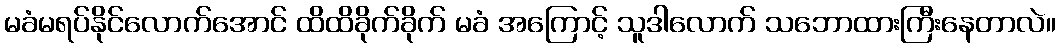
မခံမရပ်နိုင်လောက်အောင် ထိထိခိုက်ခိုက် မခံ အကြောင့် သူဒါလောက် သဘောထားကြီးနေတာလဲ။